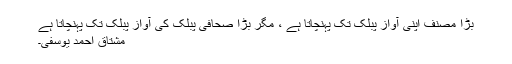
بڑا مصنف اپنی آواز پبلک تک پہنچاتا ہے ، مگر بڑا صحافی پبلک کی آواز پبلک تک پہنچاتا ہے
مشتاق احمد یوسفی۔